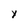
Character: Y